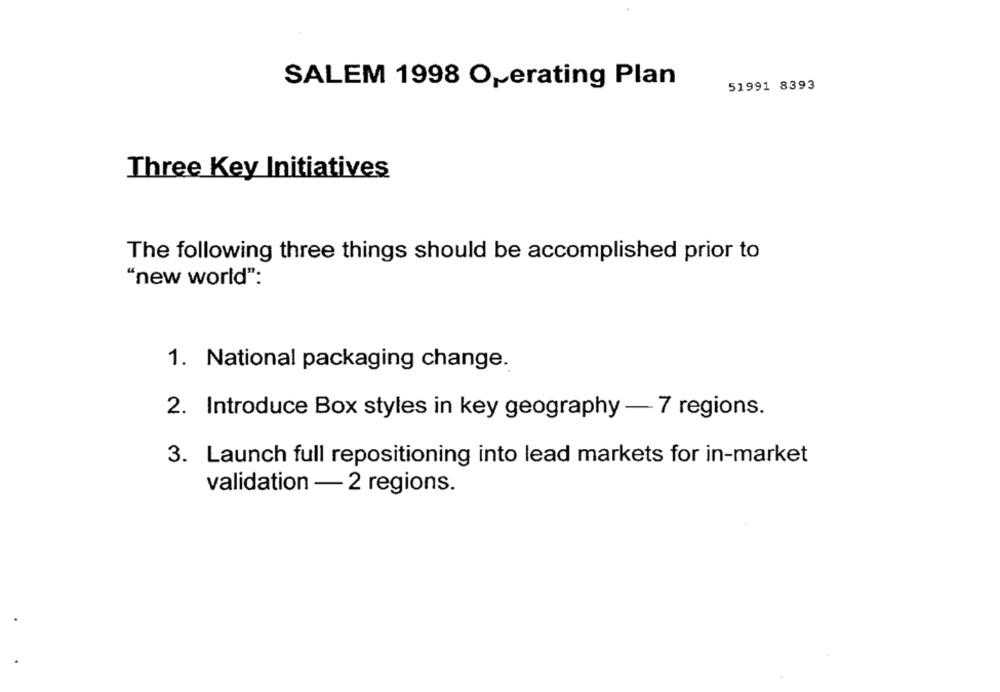
SALEM 1998 Operating Plan
51991 8393
Three Key Initiatives
The following three things should be accomplished prior to
"new world":
1. National packaging change.
2. Introduce Box styles in key geography - 7 regions.
3. Launch full repositioning into lead markets for in-market
validation - 2 regions.